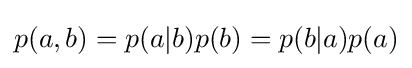
p(a,b)=p(a|b)p(b)=p(b|a)p(a)